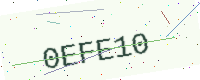
Text: 0EFE10